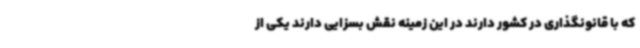
که با قانونگذاری در کشور دارند در این زمینه نقش بسزایی دارند یکی از